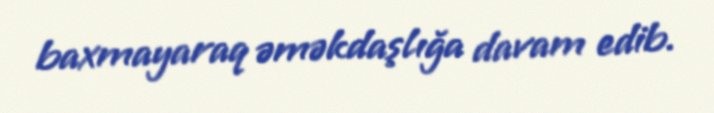
baxmayaraq əməkdaşlığa davam edib.